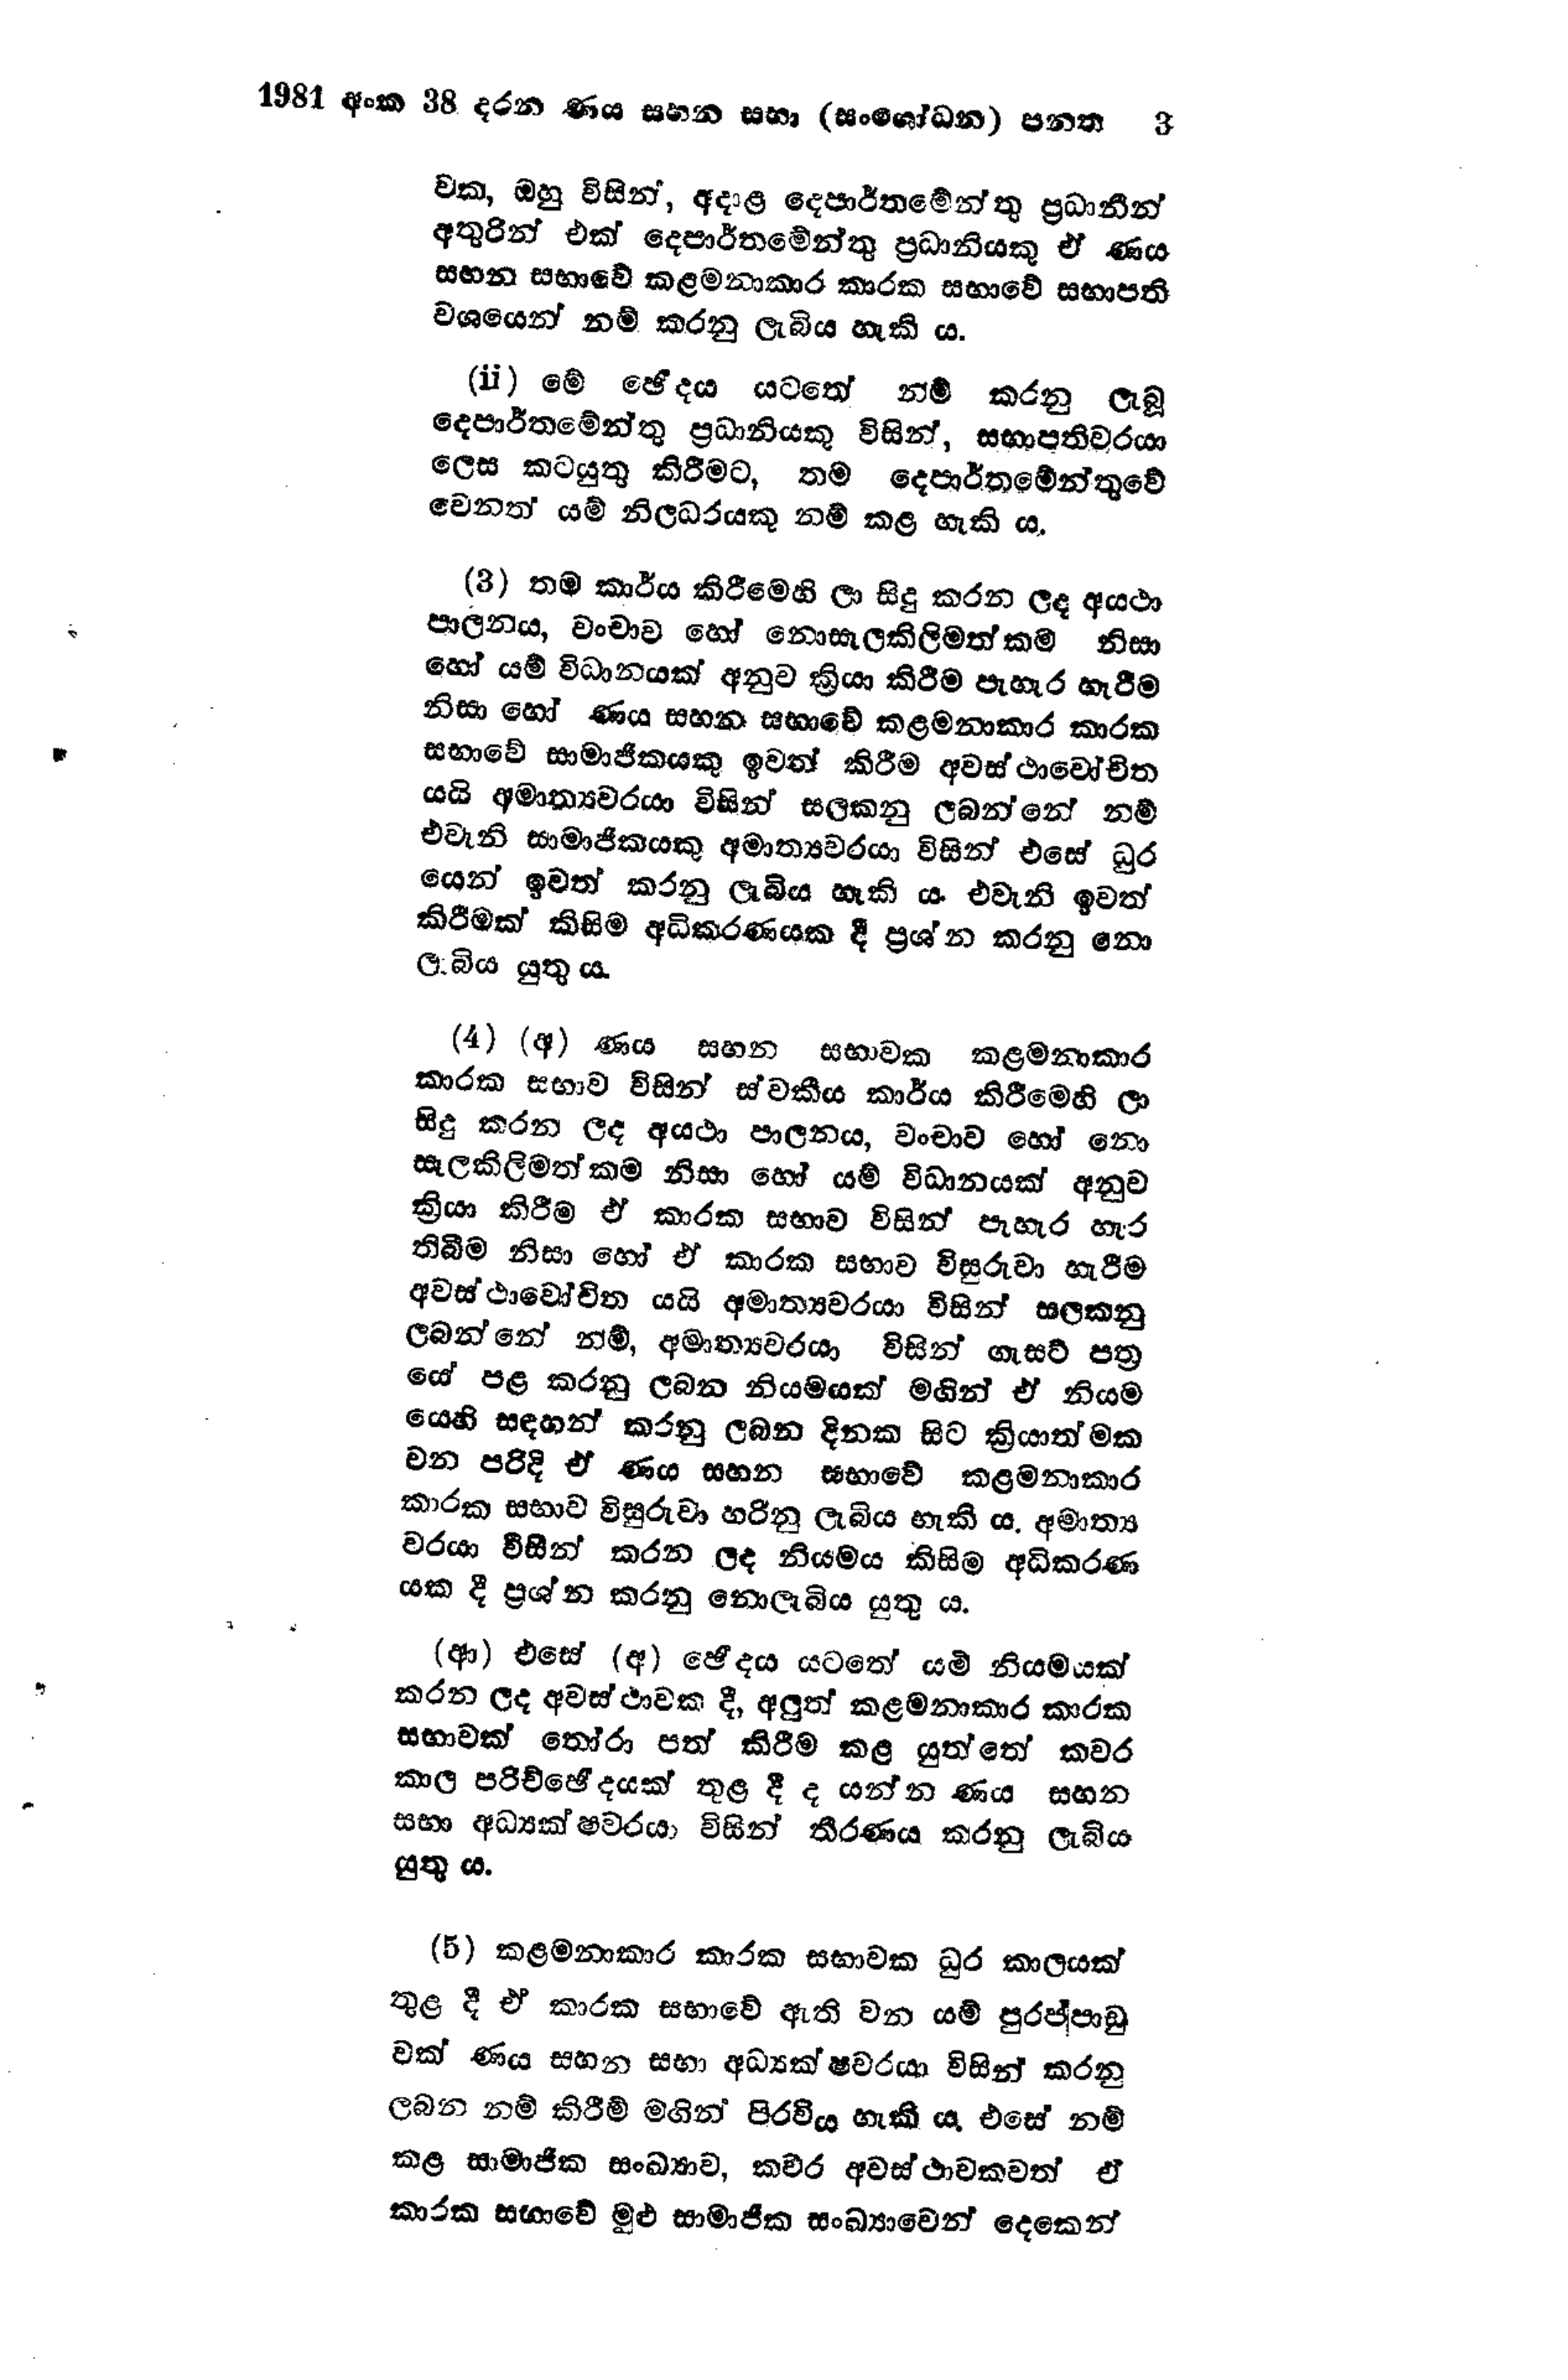
1981 අංක 38 දරන ණය සහන සභා (සංශෝධන) පනත 3

වක, ඔහු විසින්, අදාළ දෙපාර්තමේන්තු ප්‍රධානීන්
අතුරින් එක් දෙපාර්තමේන්තු ප්‍රධානියකු ඒ ණය
සහන සභාවේ කළමනාකාර කාරක සභාවේ සභාපති
වශයෙන් නම් කරනු ලැබිය හැකි ය.

(ii) මේ ඡේදය යටතේ නම් කරනු ලැබූ
දෙපාර්තමේන්තු ප්‍රධානියකු විසින්, සභාපතිවරයා
ලෙස කටයුතු කිරීමට, තම දෙපාර්තමේන්තුවේ
වෙනත් යම් නිලධරයකු නම් කළ හැකි ය.

(3) තම කාර්ය කිරීමෙහි ලා සිදු කරන ලද අයථා
පාලනය, වංචාව හෝ නොසැලකිලිමත්කම නිසා
හෝ යම් විධානයක් අනුව ක්‍රියා කිරීම පැහැර හැරීම
නිසා හෝ ණය සහන සභාවේ කළමනාකාර කාරක
සභාවේ සාමාජිකයකු ඉවත් කිරීම අවස්ථාවෝචිත
යයි අමාත්‍යවරයා විසින් සලකනු ලබන්නේ නම්
එවැනි සාමාජිකයකු අමාත්‍යවරයා විසින් එසේ ධුර
යෙන් ඉවත් කරනු ලැබිය හැකි ය. එවැනි ඉවත්
කිරීමක් කිසිම අධිකරණයක දී ප්‍රශ්න කරනු නො
ලැබිය යුතු ය.

(4) (අ) ණය සහන සභාවක කළමනාකාර
කාරක සභාව විසින් ස්වකීය කාර්ය කිරීමෙහි ලා
සිදු කරන ලද අයථා පාලනය, වංචාව හෝ නො
සැලකිලිමත්කම නිසා හෝ යම් විධානයක් අනුව
ක්‍රියා කිරීම ඒ කාරක සභාව විසින් පැහැර හැර
තිබීම නිසා හෝ ඒ කාරක සභාව විසුරුවා හැරීම
අවස්ථාවෝචිත යයි අමාත්‍යවරයා විසින් සලකනු
ලබන්නේ නම්, අමාත්‍යවරයා විසින් ගැසට් පත්‍ර
යේ පළ කරනු ලබන නියමයක් මගින් ඒ නියම
යෙහි සඳහන් කරනු ලබන දිනක සිට ක්‍රියාත්මක
වන පරිදි ඒ ණය සහන සභාවේ කළමනාකාර
කාරක සභාව විසුරුවා හරිනු ලැබිය හැකි ය. අමාත්‍ය
වරයා විසින් කරන ලද නියමය කිසිම අධිකරණ
යක දී ප්‍රශ්න කරනු නොලැබිය යුතු ය.

(ආ) එසේ (අ) ඡේදය යටතේ යම් නියමයක්
කරන ලද අවස්ථාවක දී, අලුත් කළමනාකාර කාරක
සභාවක් තෝරා පත් කිරීම කළ යුත්තේ කවර
කාල පරිච්ඡේදයක් තුළ දී ද යන්න ණය සහන
සභා අධ්‍යක්ෂවරයා විසින් තීරණය කරනු ලැබිය
යුතුය.

(5) කළමනාකාර කාරක සභාවක ධූර කාලයක්
තුළ දී ඒ කාරක සභාවේ ඇති වන යම් පුරප්පාඩු
වක් ණය සහන සභා අධ්‍යක්ෂවරයා විසින් කරනු
ලබන නම් කිරීම් මගින් පිරවිය හැකි ය. එසේ නම්
කළ සාමාජික සංඛ්‍යාව, කවර අවස්ථාවකවත් ඒ
කාරක සභාවේ මුළු සාමාජික සංඛ්‍යාවෙන් දෙකෙන්